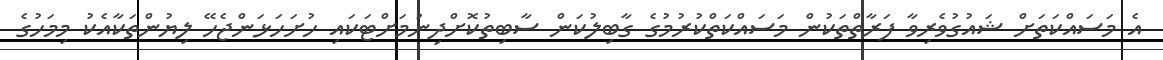
އެ މަސައްކަތަށް ޝައުގުވެރިވާ ފަރާތްތަކުން މަސައްކަތްކުރުމުގެ ގާބިލުކަން ސާބިތުކޮށްދިނުމަށްޓަކައި ހުށަހަޅަންޖެހޭ ލިޔުންތަކާއެކު މިމަހުގެ